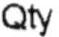
QTY